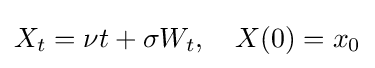
X_{t}=\nu t+\sigma W_{t},\quad X(0)=x_{0}